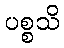
ပစ္စသိ